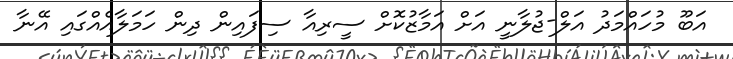
އަބޫ މުހައްމަދު އަލް-ޖުލާނީ އަށް އަމާޒުކޮށް ސީރިއާ ސިފައިން ދިން ހަމަލާއެއްގައި އޭނާ